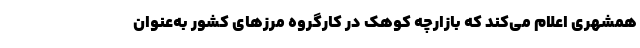
همشهری اعلام می‌کند که بازارچه کوهک در کارگروه مرزهای کشور به‌عنوان